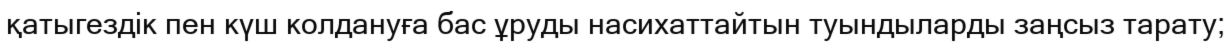
қатыгездік пен күш колдануға бас ұруды насихаттайтын туындыларды заңсыз тарату;